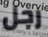
رجل